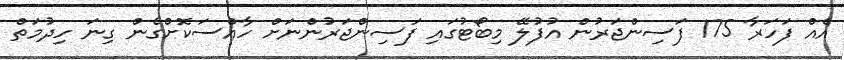
އެއް ފަހަރާ 175 ފަސިންޖަރުން އުފުލޭ މިބޯޓުގައި ފަސިންޖަރުންނަށް ހާއްސަކޮށްގެން ގިނަ ހިދުމަތް